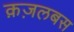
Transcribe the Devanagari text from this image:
क़ज़लबस